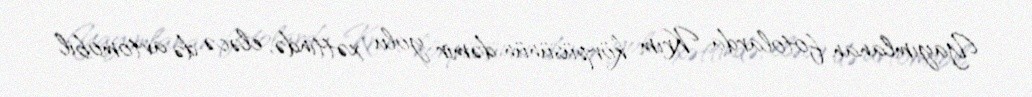
Yayımlanan fotolarda Krım körpüsünün dəmir yolu xəttində, eləcə də avtomobil